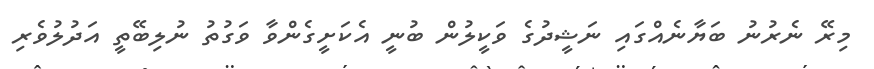
މިރޭ ނެރުނު ބަޔާނެއްގައި ނަޝީދުގެ ވަކީލުން ބުނީ އެކަށީގެންވާ ވަގުތު ނުލިބޭތީ އަދުލުވެރި